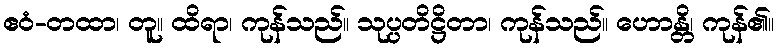
ဧဝံ-တထာ၊ တူ။ ထိရာ၊ ကုန်သည်။ သုပ္ပတိဋ္ဌိတာ၊ ကုန်သည်။ ဟောန္တိ၊ ကုန်၏။